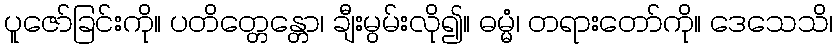
ပူဇော်ခြင်းကို။ ပတိတ္တေန္တော၊ ချီးမွမ်းလို၍။ ဓမ္မံ၊ တရားတော်ကို။ ဒေသေသိ၊